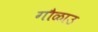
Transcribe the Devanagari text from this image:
गौळाउ